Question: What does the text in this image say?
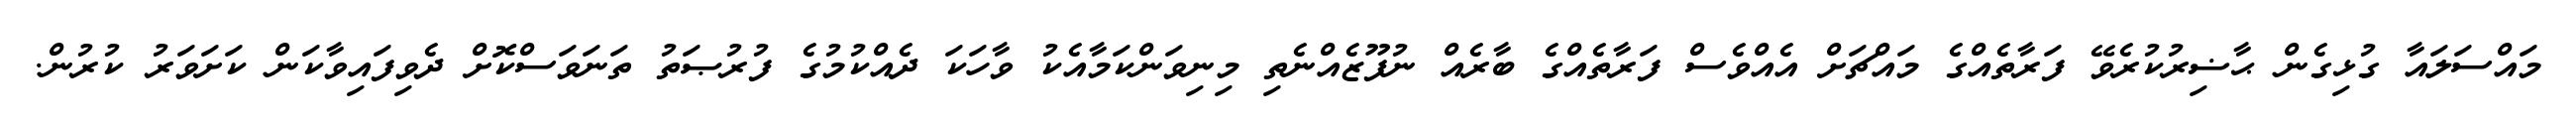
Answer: މައްސަލައާ ގުޅިގެން ޙާޟިރުކުރެވޭ ފަރާތެއްގެ މައްޗަށް އެއްވެސް ފަރާތެއްގެ ބާރެއް ނުފޫޒެއްނެތި މިނިވަންކަމާއެކު ވާހަކަ ދެއްކުމުގެ ފުރުޞަތު ތަނަވަސްކޮށް ދެވިފައިވާކަން ކަށަވަރު ކުރުން.